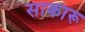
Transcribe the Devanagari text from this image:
साकारू